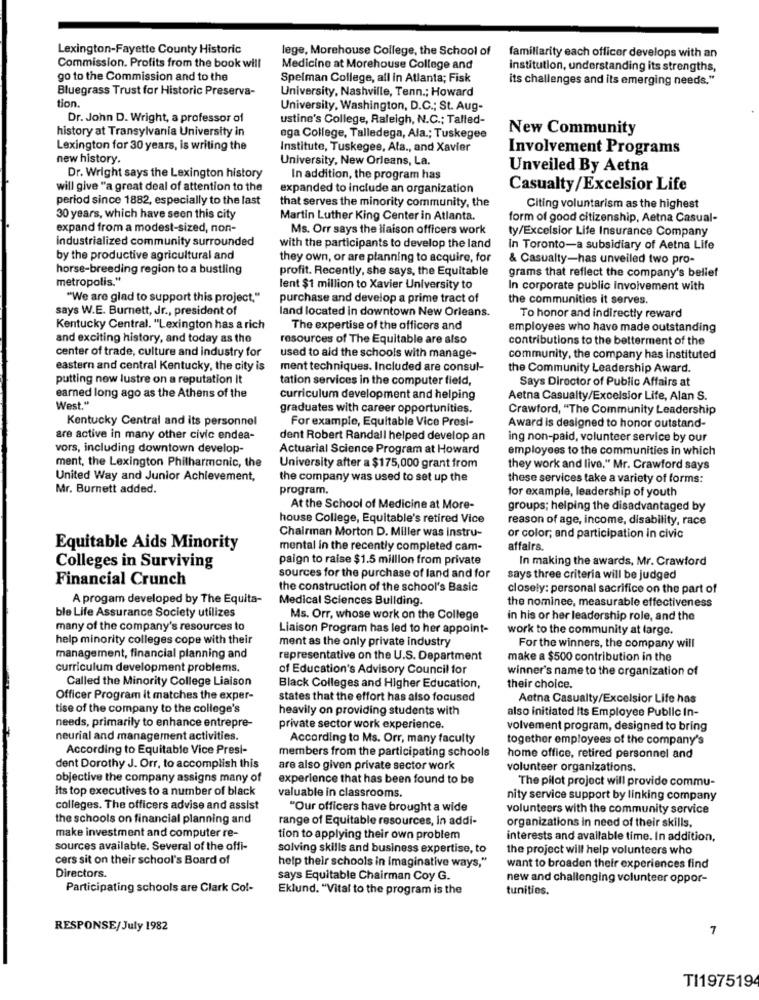
Lexington-Fayette County Historic
lege, Morehouse College, the School of
familiarity each officer develops with an
Commission. Profits from the book will
Medicine at Morehouse College and
institution, understanding its strengths,
go to the Commission and to the
Spelman College, all in Atlanta; Fisk
its challenges and its emerging needs."
Bluegrass Trust for Historic Preserva-
University, Nashville, Tenn .; Howard
tion.
University, Washington, D.C .; St. Aug-
Dr. John D. Wright, a professor of
ustine's College, Raleigh, N.C .; Talled-
history at Transylvania University in
New Community
ega College, Talledega, Ala .; Tuskegee
Lexington for 30 years, is writing the
Institute, Tuskegee, Ala ., and Xavier
Involvement Programs
new history.
University, New Orleans, La.
Unveiled By Aetna
Dr. Wright says the Lexington history
In addition, the program has
will give "a great deal of attention to the
expanded to include an organization
Casualty/Excelsior Life
period since 1882, especially to the last
that serves the minority community, the
Citing voluntarism as the highest
30 years, which have seen this city
Martin Luther King Center in Atlanta.
form of good citizenship, Aetna Casual-
expand from a modest-sized, non-
Ms. Orr says the liaison officers work
ty/Excelsior Life Insurance Company
industrialized community surrounded
with the participants to develop the land
In Toronto-a subsidiary of Aetna Life
by the productive agricultural and
they own, or are planning to acquire, for
& Casualty-has unveiled two pro-
horse-breeding region to a bustling
profit. Recently, she says, the Equitable
metropolis."
grams that reflect the company's belief
lent $1 million to Xavier University to
In corporate public involvement with
"We are glad to support this project."
purchase and develop a prime tract of
the communities it serves.
says W.E. Burnett, Jr ., president of
land located in downtown New Orleans.
To honor and indirectly reward
Kentucky Central. "Lexington has a rich
The expertise of the officers and
employees who have made outstanding
and exciting history, and today as the
resources of The Equitable are also
contributions to the betterment of the
center of trade, culture and industry for
used to aid the schools with manage-
community, the company has instituted
eastern and central Kentucky, the city is
ment techniques. Included are consul-
the Community Leadership Award.
putting new lustre on a reputation It
tation services in the computer field,
Says Director of Public Affairs at
earned long ago as the Athens of the
curriculum development and helping
Aetna Casualty/Excelsior Life, Alan S.
West."
graduates with career opportunities.
Crawford, "The Community Leadership
Kentucky Central and its personnel
For example, Equitable Vice Presi-
Award is designed to honor outstand-
are active in many other civic endea-
dent Robert Randall helped develop an
ing non-paid, volunteer service by our
vors, including downtown develop-
Actuarial Science Program at Howard
employees to the communities in which
ment, the Lexington Philharmonic, the
University after a $175,000 grant from
they work and live." Mr. Crawford says
United Way and Junior Achievement,
the company was used to set up the
these services take a variety of forms:
Mr. Burnett added.
program.
for example, leadership of youth
At the School of Medicine at More-
groups; helping the disadvantaged by
house College, Equitable's retired Vice
reason of age, income, disability, race
Chairman Morton D. Miller was instru-
or color; and participation in civic
Equitable Aids Minority
mental in the recently completed cam-
affairs.
Colleges in Surviving
paign to raise $1.5 million from private
In making the awards, Mr. Crawford
Financial Crunch
sources for the purchase of land and for
says three criteria will be judged
the construction of the school's Basic
closely: personal sacrifice on the part of
A progam developed by The Equita-
Medical Sciences Building.
the nominee, measurable effectiveness
ble Life Assurance Society utilizes
Ms. Orr, whose work on the College
in his or her leadership role, and the
many of the company's resources to
Liaison Program has led to her appoint-
work to the community at large.
help minority colleges cope with their
ment as the only private industry
For the winners, the company will
management, financial planning and
representative on the U.S. Department
make a $500 contribution in the
curriculum development problems.
of Education's Advisory Council for
winner's name to the organization of
Called the Minority College Liaison
Black Colleges and Higher Education,
their choice.
Officer Program it matches the exper-
states that the effort has also focused
Aetna Casualty/Excelsior Life has
tise of the company to the college's
heavily on providing students with
also initiated Its Employee Public In-
needs, primarily to enhance entrepre-
private sector work experience.
volvement program, designed to bring
neurial and management activities.
According to Ms. Orr, many faculty
together employees of the company's
According to Equitable Vice Presi-
members from the participating schools
home office, retired personnel and
dent Dorothy J. Orr, to accomplish this
are also given private sector work
volunteer organizations.
objective the company assigns many of
experience that has been found to be
The pilot project will provide commu-
its top executives to a number of black
valuable in classrooms.
nity service support by linking company
colleges. The officers advise and assist
"Our officers have brought a wide
volunteers with the community service
the schools on financial planning and
range of Equitable resources, in addi-
make investment and computer re-
organizations in need of their skills,
tion to applying their own problem
interests and available time. In addition,
sources available. Several of the offi-
solving skills and business expertise, to
the project will help volunteers who
cers sit on their school's Board of
help their schools in imaginative ways,"
Directors.
want to broaden their experiences find
says Equitable Chairman Coy G.
new and challenging volunteer oppor-
Participating schools are Clark Col-
Eklund. "Vital to the program is the
tunities.
RESPONSE/July 1982
7
TI197519